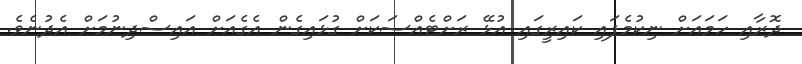
ދޮރާއި ހަމައަށް ނިކުމެފައި ކައިރީގައި އުޅޭ ރަށްޓެއްސަކަށް ގުޅައިގެން އެގެއަށް އައިސްދިނުމަށް އެދުނެވެ.